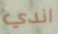
اندي